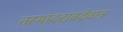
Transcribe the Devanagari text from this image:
तस्मादद्यवदेवात्र